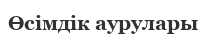
Өсімдік аурулары